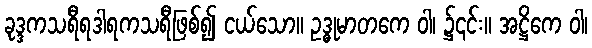
ခုဒ္ဒကသရီရဒါရကသရီဖြစ်၍ ငယ်သော။ ဥဒ္ဓုမာတကေ ဝါ၊ ၌၎င်း။ အဋ္ဌိကေ ဝါ၊